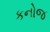
કનોજ